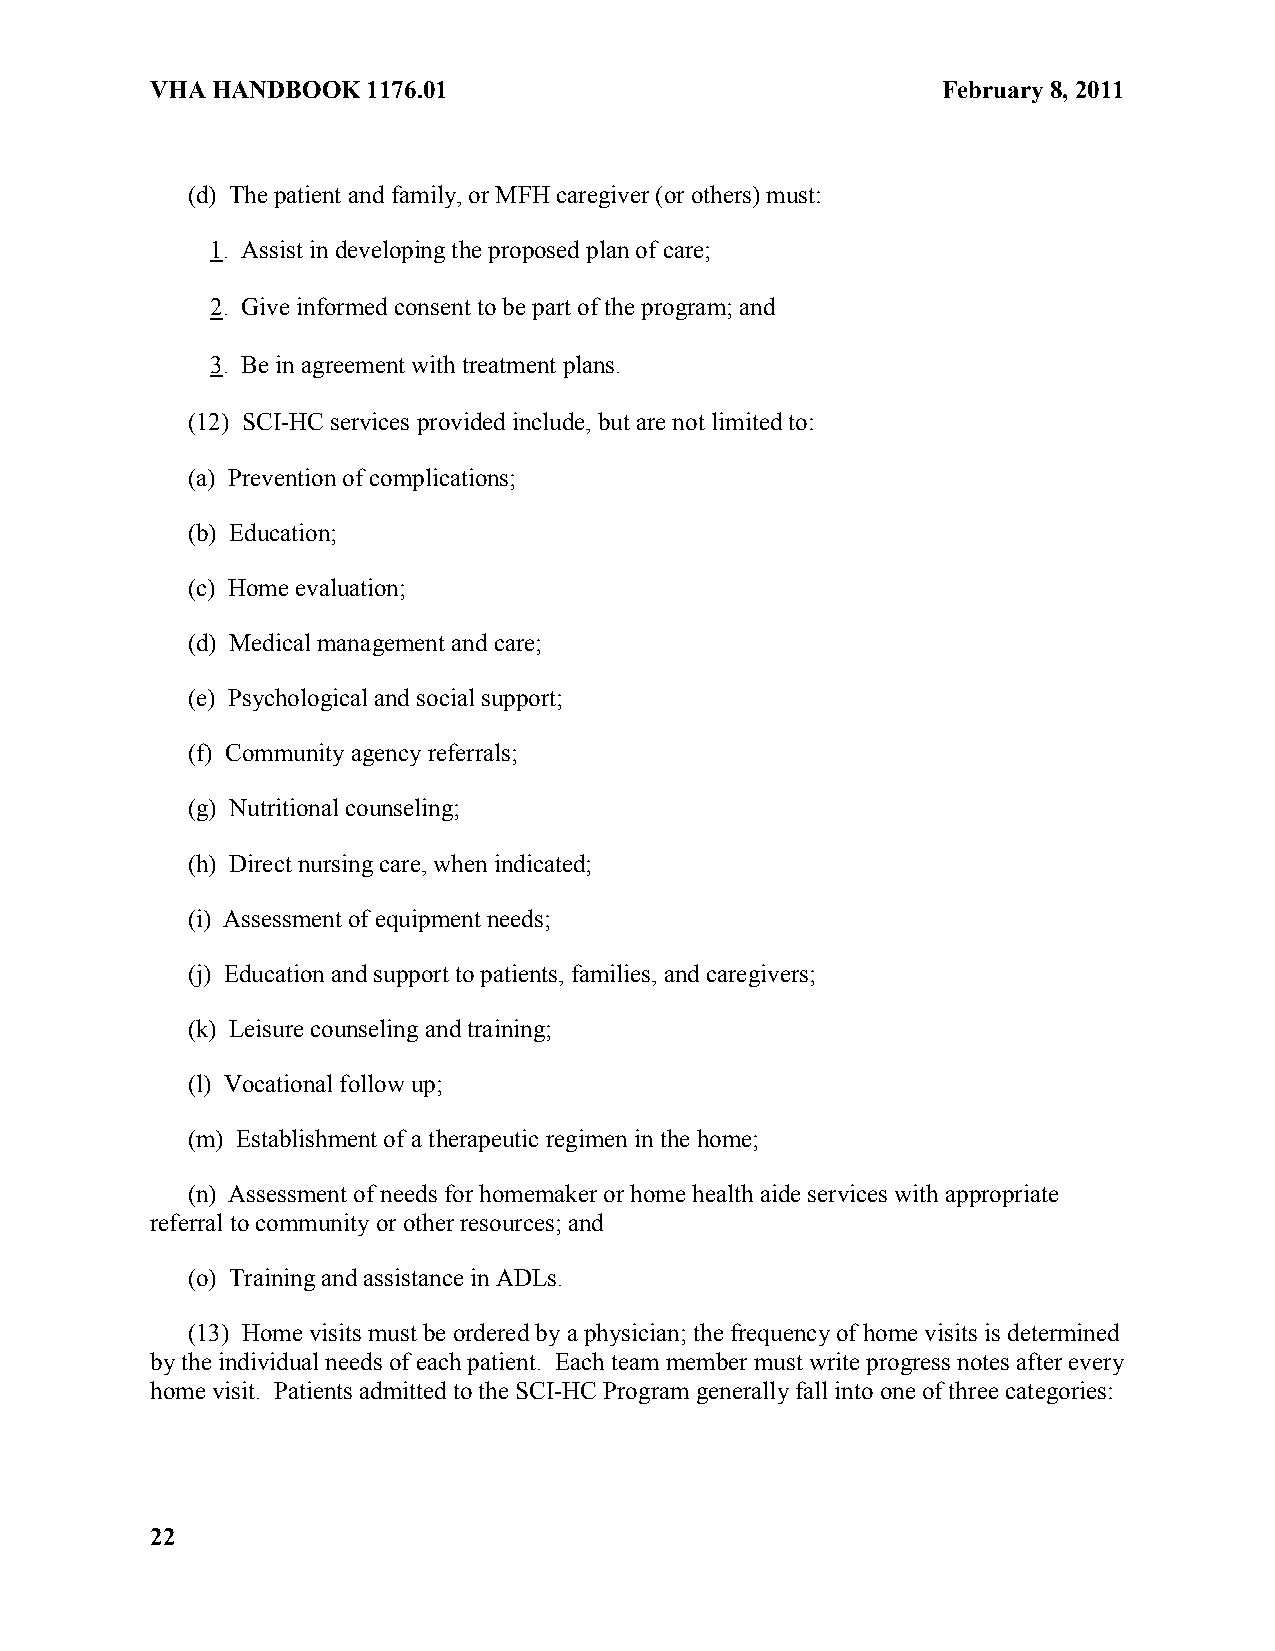
VHA HANDBOOK  1176.01                               February 8, 2011
 (d) The patient and family, or MFH caregiver (or others) must:
 1. Assist in developing the proposed plan of care;
 2. Give informed consent to be part of the program; and
 3. Be in agreement with treatment plans.
 (12) SCI-HC services provided include, but are not limited to:
 (a) Prevention of complications;
 (b) Education;
 (c) Home evaluation;
 (d) Medical management and care;
 (e) Psychological and social support;
 (f) Community agency referrals;
 (g) Nutritional counseling;
 (h) Direct nursing care, when indicated;
 (i) Assessment of equipment needs;
 (j) Education and support to patients, families, and caregivers;
 (k) Leisure counseling and training;
 (l) Vocational follow up;
 (m) Establishment of a therapeutic regimen in the home;
 (n) Assessment of needs for homemaker or home health aide services with appropriate
 referral to community or other resources; and
 (o) Training and assistance in ADLs.
 (13) Home visits must be ordered by a physician; the frequency of home visits is determined
 by the individual needs of each patient. Each team member must write progress notes after every
 home visit. Patients admitted to the SCI-HC Program generally fall into one of three categories:
 22